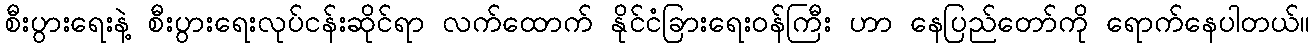
စီးပွားရေးနဲ့ စီးပွားရေးလုပ်ငန်းဆိုင်ရာ လက်ထောက် နိုင်ငံခြားရေးဝန်ကြီး ဟာ နေပြည်တော်ကို ရောက်နေပါတယ်။